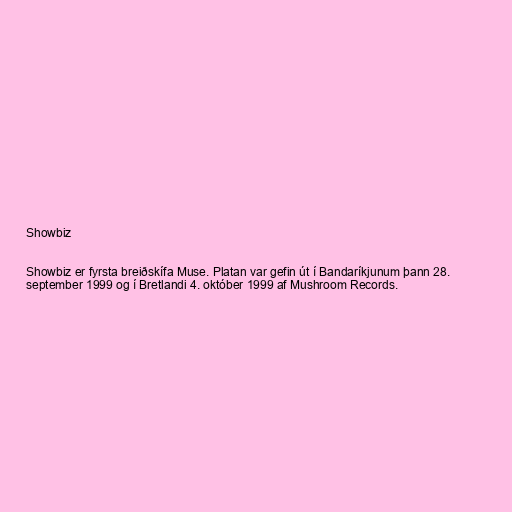
Showbiz

Showbiz er fyrsta breiðskífa Muse. Platan var gefin út í Bandaríkjunum þann 28.
september 1999 og í Bretlandi 4. október 1999 af Mushroom Records.